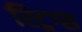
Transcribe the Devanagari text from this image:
स्ट्रिग्स